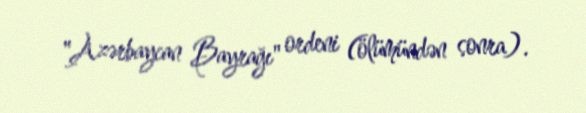
"Azərbaycan Bayrağı" ordeni (ölümündən sonra).